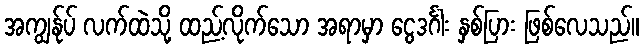
အကျွန်ုပ် လက်ထဲသို့ ထည့်လိုက်သော အရာမှာ ငွေဒင်္ဂါး နှစ်ပြား ဖြစ်လေသည်။